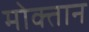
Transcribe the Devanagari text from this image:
मोक्तान